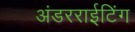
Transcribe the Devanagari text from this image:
अंडरराईटिंग